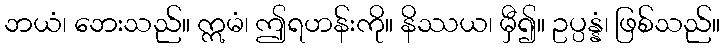
ဘယံ၊ ဘေးသည်။ ဣမံ၊ ဤရဟန်းကို။ နိဿယ၊ မှီ၍။ ဥပ္ပန္နံ၊ ဖြစ်သည်။